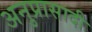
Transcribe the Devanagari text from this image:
अनुप्रासादी